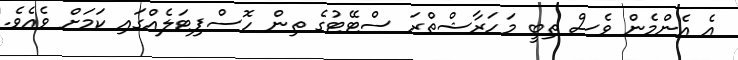
އެ އެންމެން ވެސް ތިބީ މަހަރާޝްތްރަ ސްޓޭޓުގެ ތިން ހޮސްޕިޓަލެއްގައި ކަމަށް ވެއެވެ.